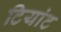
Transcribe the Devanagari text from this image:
टियांट